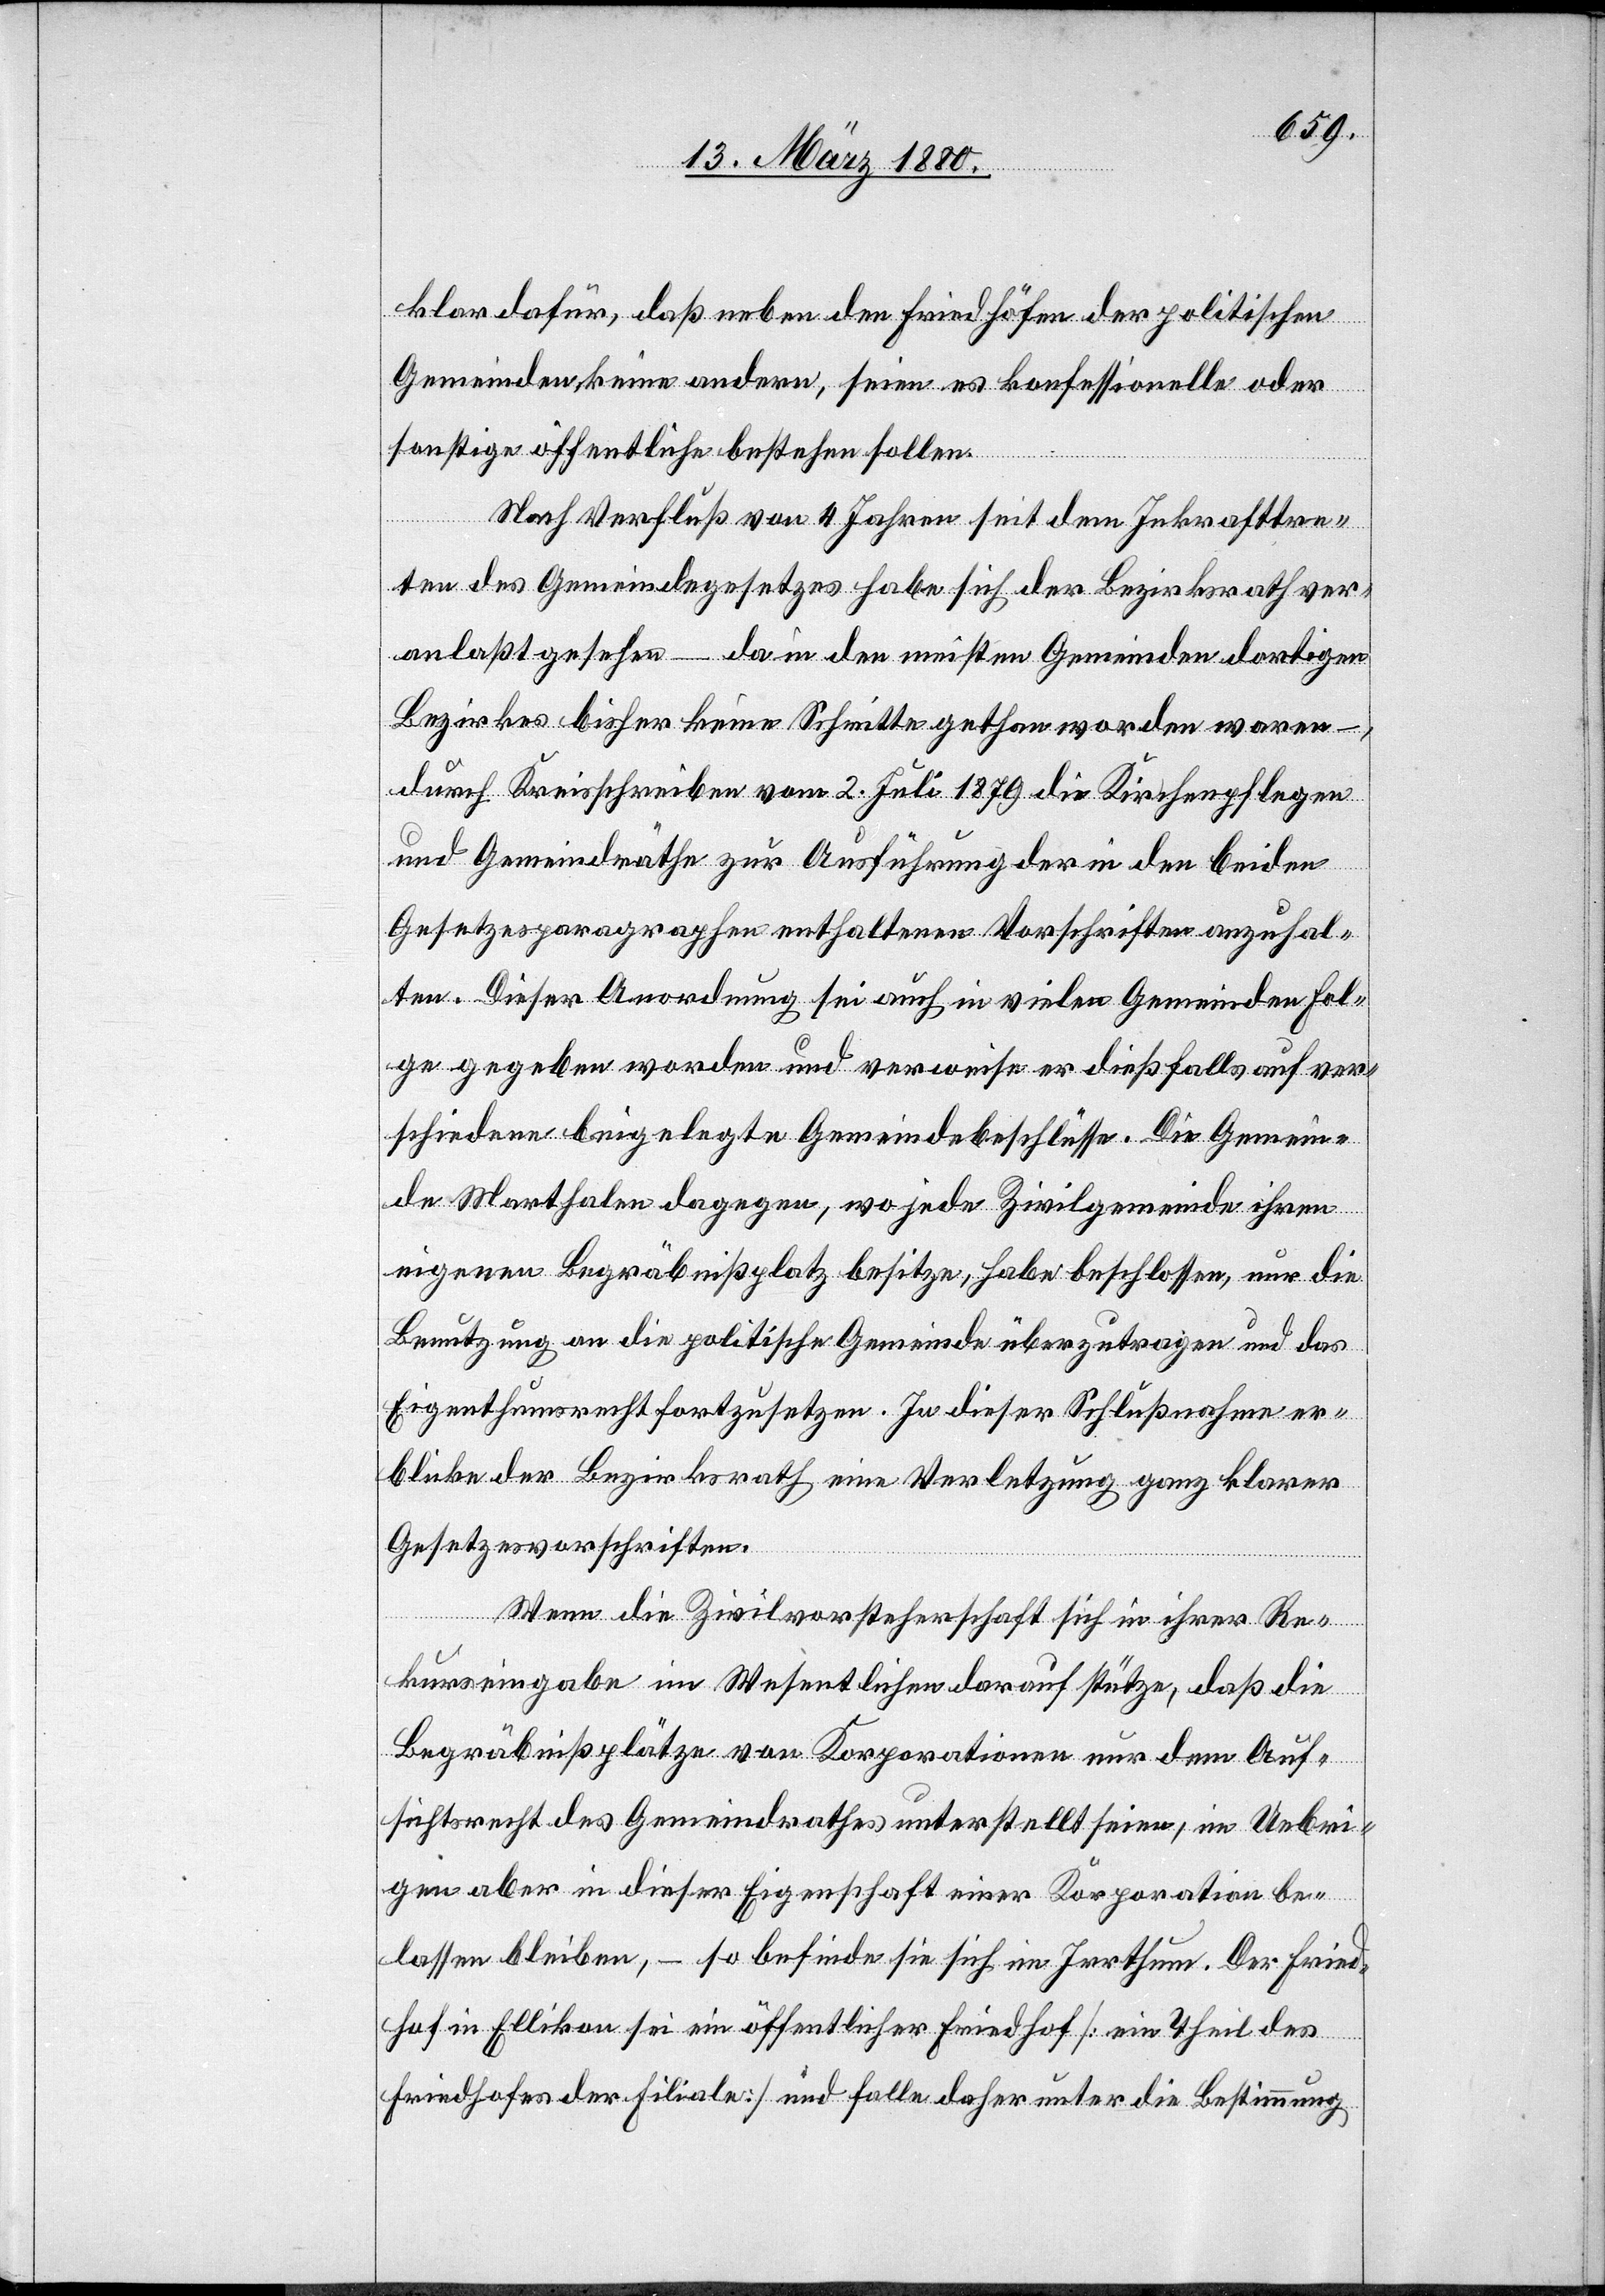
klar dafür, daß neben den Friedhöfen der politischen
Gemeinden keine andern, seien es konfessionelle oder
sonstige öffentliche bestehen sollen.
Nach Verfluß von 4 Jahren seit dem Inkrafttre¬
ten des Gemeindegesetzes habe sich der Bezirksrath ver¬
anlaßt gesehen – da in den meisten Gemeinden dortigen
Bezirkes bisher keine Schritte gethan worden waren
durch Kreisschreiben vom 2. Juli 1879 die Kirchenpflegen
und Gemeindräthe zur Ausführung der in den beiden
Gesetzesparagraphen enthaltenen Vorschriften anzuhal¬
ten. Dieser Anordnung sei auch in vielen Gemeinden Fol¬
ge gegeben worden und verweise er dießfalls auf ver¬
schiedene beigelegte Gemeindebeschlüsse. Die Gemein¬
de Marthalen dagegen, wo jede Zivilgemeinde ihren
eigenen Begräbnißplatz besitze, habe beschlossen, nur die
Benutzung an die politische Gemeinde überzutragen und das
Eigenthumsrecht fortzusetzen. In dieser Schlußnahme er¬
blicke der Bezirksrath eine Verletzung ganz klarer
Gesetzesvorschriften.
Wenn die Zivilvorsteherschaft sich in ihrer Re¬
kurseingabe im Wesentlichen darauf stütze, daß die
Begräbnißplätze von Korporationen nur dem Auf¬
sichtsrecht des Gemeindrathes unterstellt seien, im Uebri¬
gen aber in dieser Eigenschaft einer Korporation be¬
lassen bleiben, – so befinde sie sich im Irrthum. Der Fried¬
hof Ellikon sei ein öffentlicher Friedhof [ein Theil des
Friedhofes der Filiale] und falle daher unter die Bestimmung